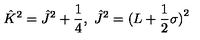
\hat { K } ^ { 2 } = \hat { J } ^ { 2 } + \frac 1 4 , \ \hat { J } ^ { 2 } = ( L + \frac 1 2 { \bf \sigma ) } ^ { 2 }